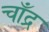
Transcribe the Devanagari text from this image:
चाँद्र